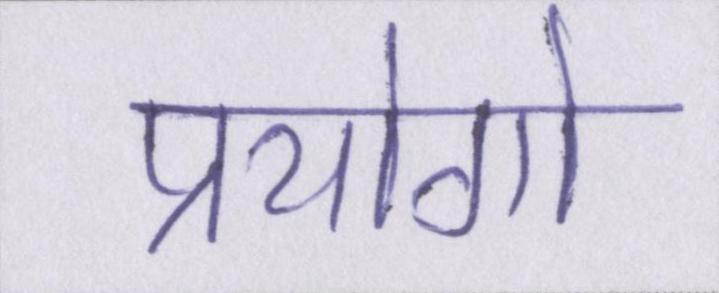
प्रयोगो